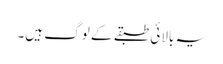
یہ بالائی طبقے کے لوگ ہیں۔